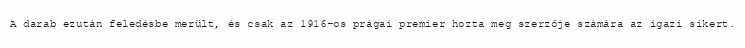
A darab ezután feledésbe merült, és csak az 1916-os prágai premier hozta meg szerzője számára az igazi sikert.